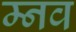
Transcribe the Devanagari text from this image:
म्नव